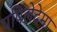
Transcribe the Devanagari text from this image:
पपिलेदेमा